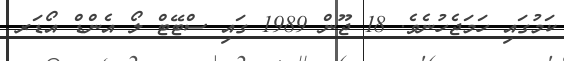
ކަމުގައި ހަމަޖެހުނެވެ. 18 ޖޫން 1989 ގައި ސްޓޭޓް ލޯ އެންޑް އޯޑަރ